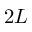
2 L